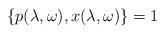
LaTeX: \begin{align*}\{ p(\lambda,\omega),x(\lambda,\omega)\}=1\end{align*}